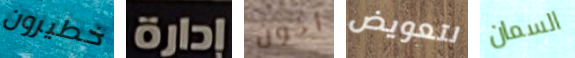
خطيرون إدارة أخون لتعويض السمان